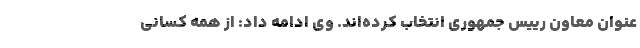
عنوان معاون رییس جمهوری انتخاب کرده‌اند. وی ادامه داد: از همه کسانی